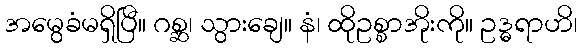
အမွေခံမရှိပြီ။ ဂစ္ဆ၊ သွားချေ။ နံ၊ ထိုဥစ္စာအိုးကို။ ဥဒ္ဓရာဟိ၊